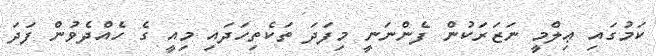
ކަމުގައި ޢިލްމީ ނަޒަރަކުން ފެންނަނީ މިފަދަ ތަކެތިހަދައި މިއީ ގެ ހެއްދެވުން ފަދަ